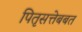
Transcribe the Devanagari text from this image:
पितृसत्तेबबत